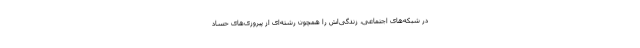
در شبکه‌های اجتماعی، زندگی‌اش را همچون رشته‌ای از پیروزی‌های حساد